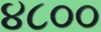
૪૮૦૦